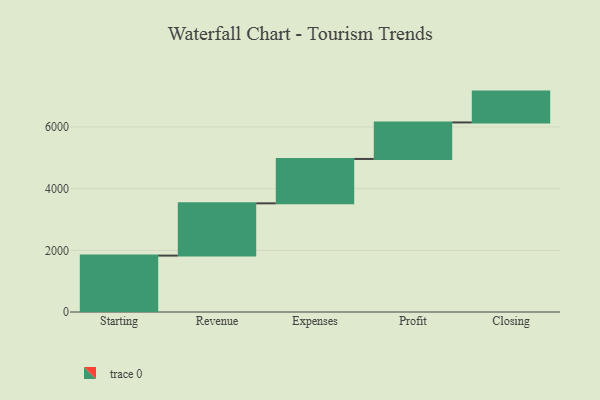
{"axis": {"x": "Step", "y": "Value"}, "legend": [""], "data": [{"x": "Starting", "y": 1829.0, "type": ""}, {"x": "Revenue", "y": 1694.0, "type": ""}, {"x": "Expenses", "y": 1439.0, "type": ""}, {"x": "Profit", "y": 1184.0, "type": ""}, {"x": "Closing", "y": 1000, "type": ""}]}